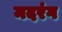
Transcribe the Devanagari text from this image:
मदरंग